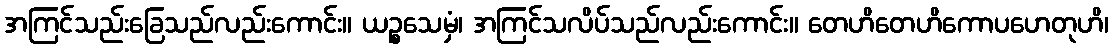
အကြင်သည်းခြေသည်လည်းကောင်း။ ယဉ္စသေမှံ၊ အကြင်သလိပ်သည်လည်းကောင်း။ တေဟိတေဟိကောပဟေတုဟိ၊